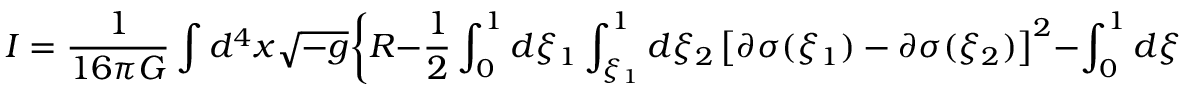
I = { \frac { 1 } { 1 6 \pi G } } \int d ^ { 4 } x \sqrt { - g } \biggl \{ R - { \frac { 1 } { 2 } } \int _ { 0 } ^ { 1 } d \xi _ { 1 } \int _ { \xi _ { 1 } } ^ { 1 } d \xi _ { 2 } \left[ \partial \sigma ( \xi _ { 1 } ) - \partial \sigma ( \xi _ { 2 } ) \right] ^ { 2 } - \int _ { 0 } ^ { 1 } d \xi \; e ^ { - \sigma ( \xi ) } F ( \xi ) ^ { 2 } \biggr \} ,